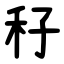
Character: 秄